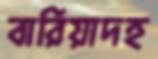
বারিয়াদহ